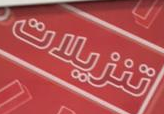
تنزيلات